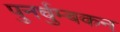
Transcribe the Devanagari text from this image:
पुनर्चुम्बकन